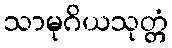
သာမုဂိယသုတ္တံ